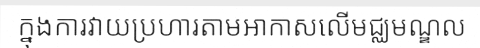
ក្នុងការវាយប្រហារតាមអាកាសលើមជ្ឈមណ្ឌល